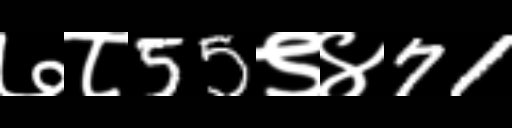
Text: ७८55९४71